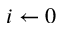
i \leftarrow 0